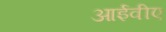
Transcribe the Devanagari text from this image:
आईवीए